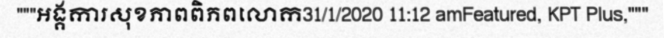
"""អង្គការសុខភាពពិភពលោក31/1/2020 11:12 amFeatured, KPT Plus,"""